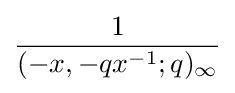
{\frac {1}{(-x,-qx^{-1};q)_{\infty }}}